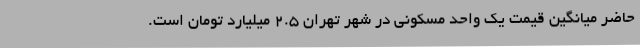
حاضر میانگین قیمت یک واحد مسکونی در شهر تهران ۲.۵ میلیارد تومان است.